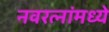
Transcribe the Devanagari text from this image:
नवरत्‍नांमध्ये